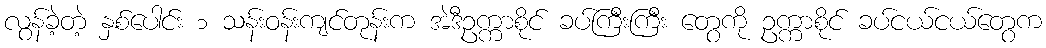
လွန်ခဲ့တဲ့ နှစ်ပေါင်း ၁ သန်းဝန်းကျင်တုန်းက အဲဒီဥက္ကာစိုင် ခပ်ကြီးကြီး တွေကို ဥက္ကာစိုင် ခပ်ငယ်ငယ်တွေက